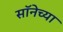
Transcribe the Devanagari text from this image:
सॉनेच्या